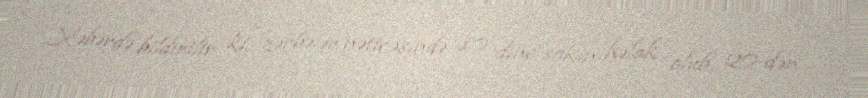
Xəbərdə bildirilir ki, zərbələr nəticəsində 10 dinc sakin həlak olub, 20-dən